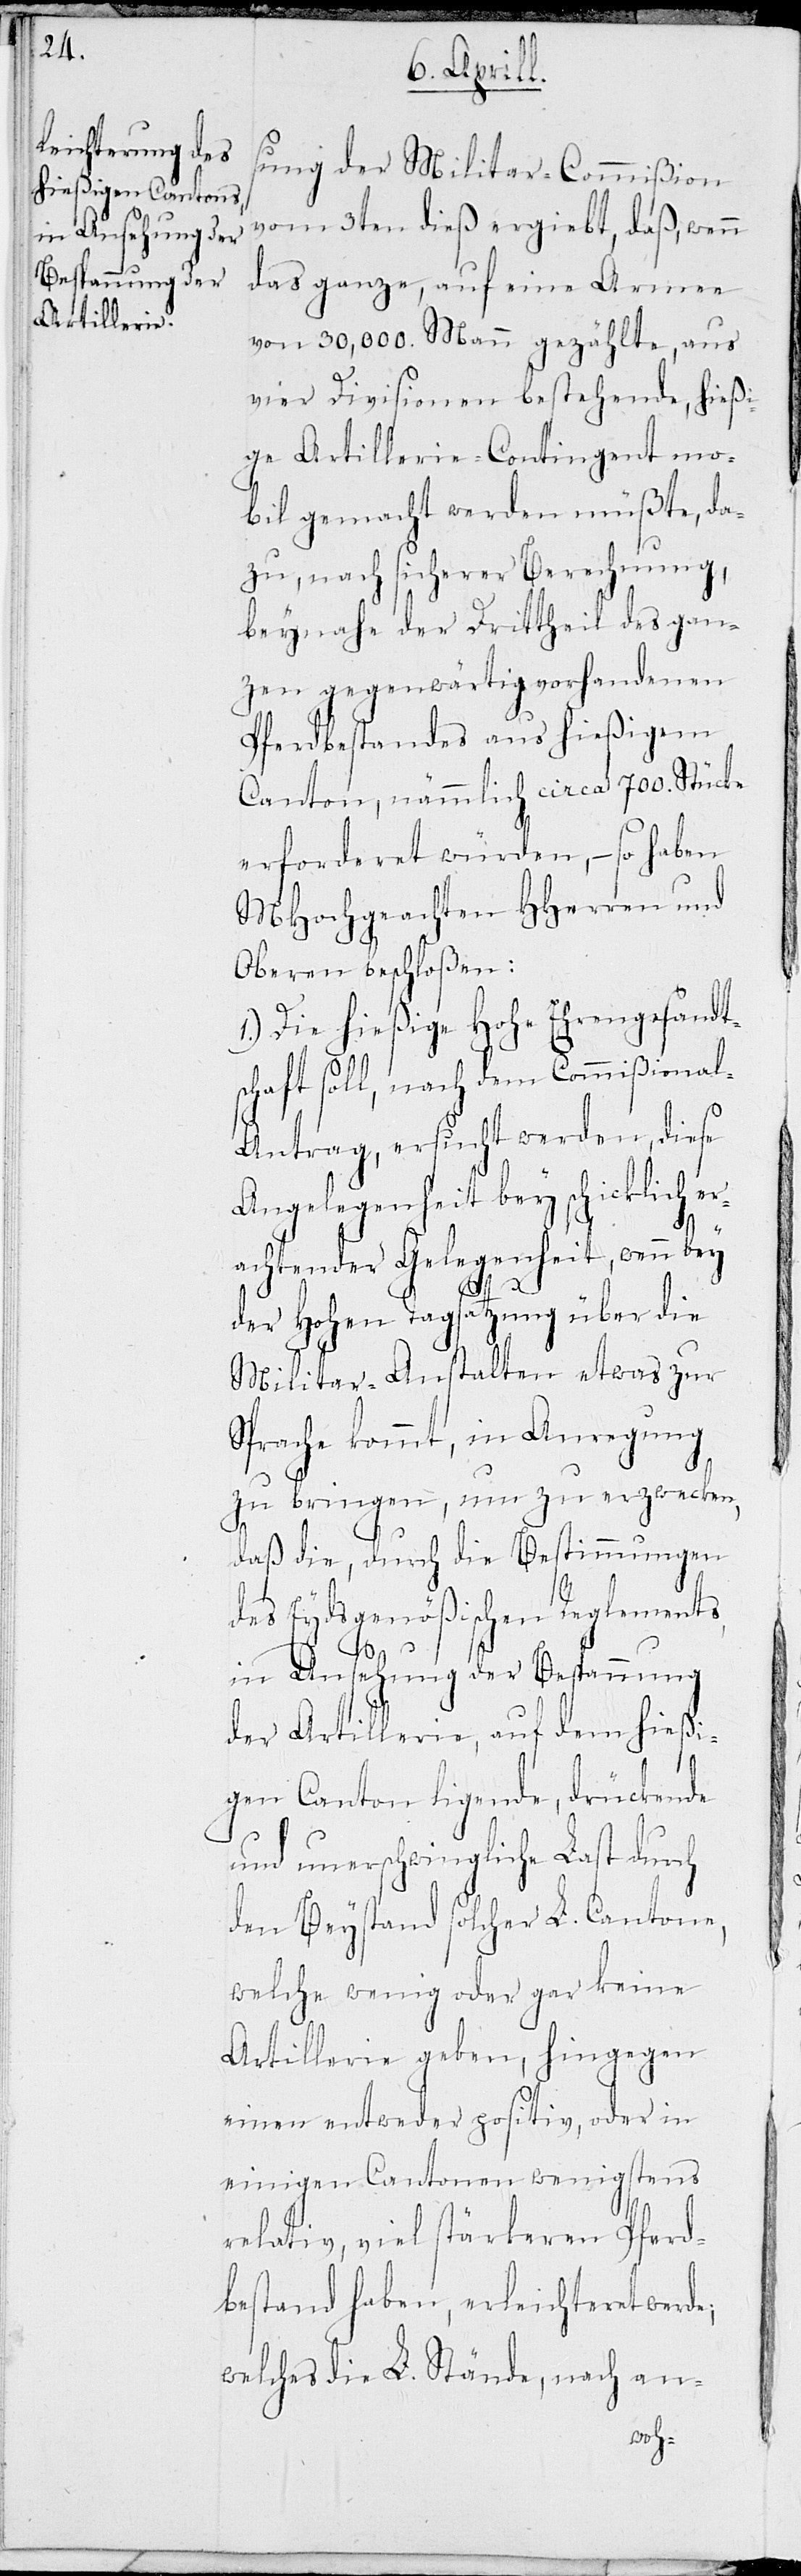
sung der Militar-Commißion
vom 3ten dieß ergiebt, daß, wenn
das ganze, auf eine Armee
von 30,000. Mann gezählte, aus
vier Divisionen bestehende, hießi¬
ge Artillerie-Contingent mo¬
bil gemacht werden müßte, da¬
zu, nach sicherer Berechnung,
beynahe der Drittheil des gan¬
zen gegenwärtig vorhandenen
Pferdbestandes aus hießigem
Canton, nämmlich circa 700. Stücke
erforderet würden, – so haben
MHochgeachten HHerren und
Oberen beschloßen:
1.) Die hießige Hohe Ehrengesandts¬
chaft soll, nach dem Commißiona¬
l-Antrag, ersucht werden, diese
Angelegenheit bey schicklich er¬
achtender Gelegenheit, wenn bey
der Hohen Tagsatzung über die
Militar-Anstalten etwas zur
Sprache kommt, in Anregung
zu bringen, um zu erzwecken,
daß die, durch die Bestimmungen
des Eydsgenößischen Reglements
in Ansehung der Bespannung
der Artillerie, auf dem hießi¬
gen Canton ligende, drückende
und unerschwingliche Last durch
den Beystand solcher L. Cantone,
welche wenig oder gar keine
Artillerie geben, hingegen
einen entweder positiv oder in
einigen Cantonen wenigstens
relativ, viel stärkeren Pferd¬
bestand haben, erleichteret werde;
welches die L. Stände, nach an-